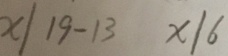
x / 1 9 - 1 3 x 1 6